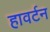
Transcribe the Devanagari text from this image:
हावर्टन